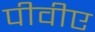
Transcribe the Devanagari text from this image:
पीवीए